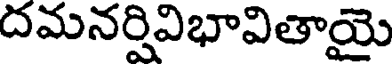
దమనర్షివిభావితాయై